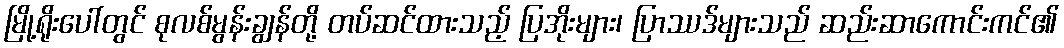
မြို့ရိုးပေါ်တွင် စုလစ်မွန်းချွန်တို့ တပ်ဆင်ထားသည့် ပြအိုးများ၊ ပြာဿဒ်များသည် ဆည်းဆာကောင်းကင်၏